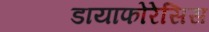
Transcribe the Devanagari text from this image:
डायाफोरेसिस